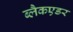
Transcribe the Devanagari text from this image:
ब्लैकएडर